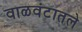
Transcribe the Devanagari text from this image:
वाळवंटातले